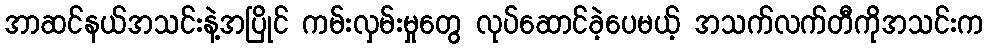
အာဆင်နယ်အသင်းနဲ့အပြိုင် ကမ်းလှမ်းမှုတွေ လုပ်ဆောင်ခဲ့ပေမယ့် အသက်လက်တီကိုအသင်းက